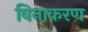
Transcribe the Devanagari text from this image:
विनाकरण